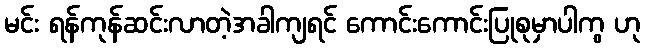
မင်း ရန်ကုန်ဆင်းလာတဲ့အခါကျရင် ကောင်းကောင်းပြုစုမှာပါကွ ဟု